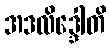
အဒလိဒ္ဒေါတိ